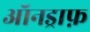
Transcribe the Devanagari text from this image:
ऑनड्राफ़